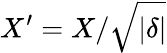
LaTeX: X^{\prime}=X/\sqrt{|\delta|}